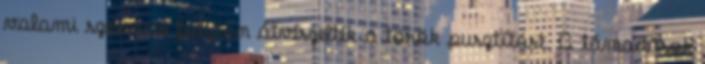
valami szerencse folytán átvészelték a török pusztítást. A támadások